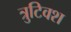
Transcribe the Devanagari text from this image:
त्रुटिवश